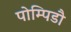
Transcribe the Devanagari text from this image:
पोम्पिडौ